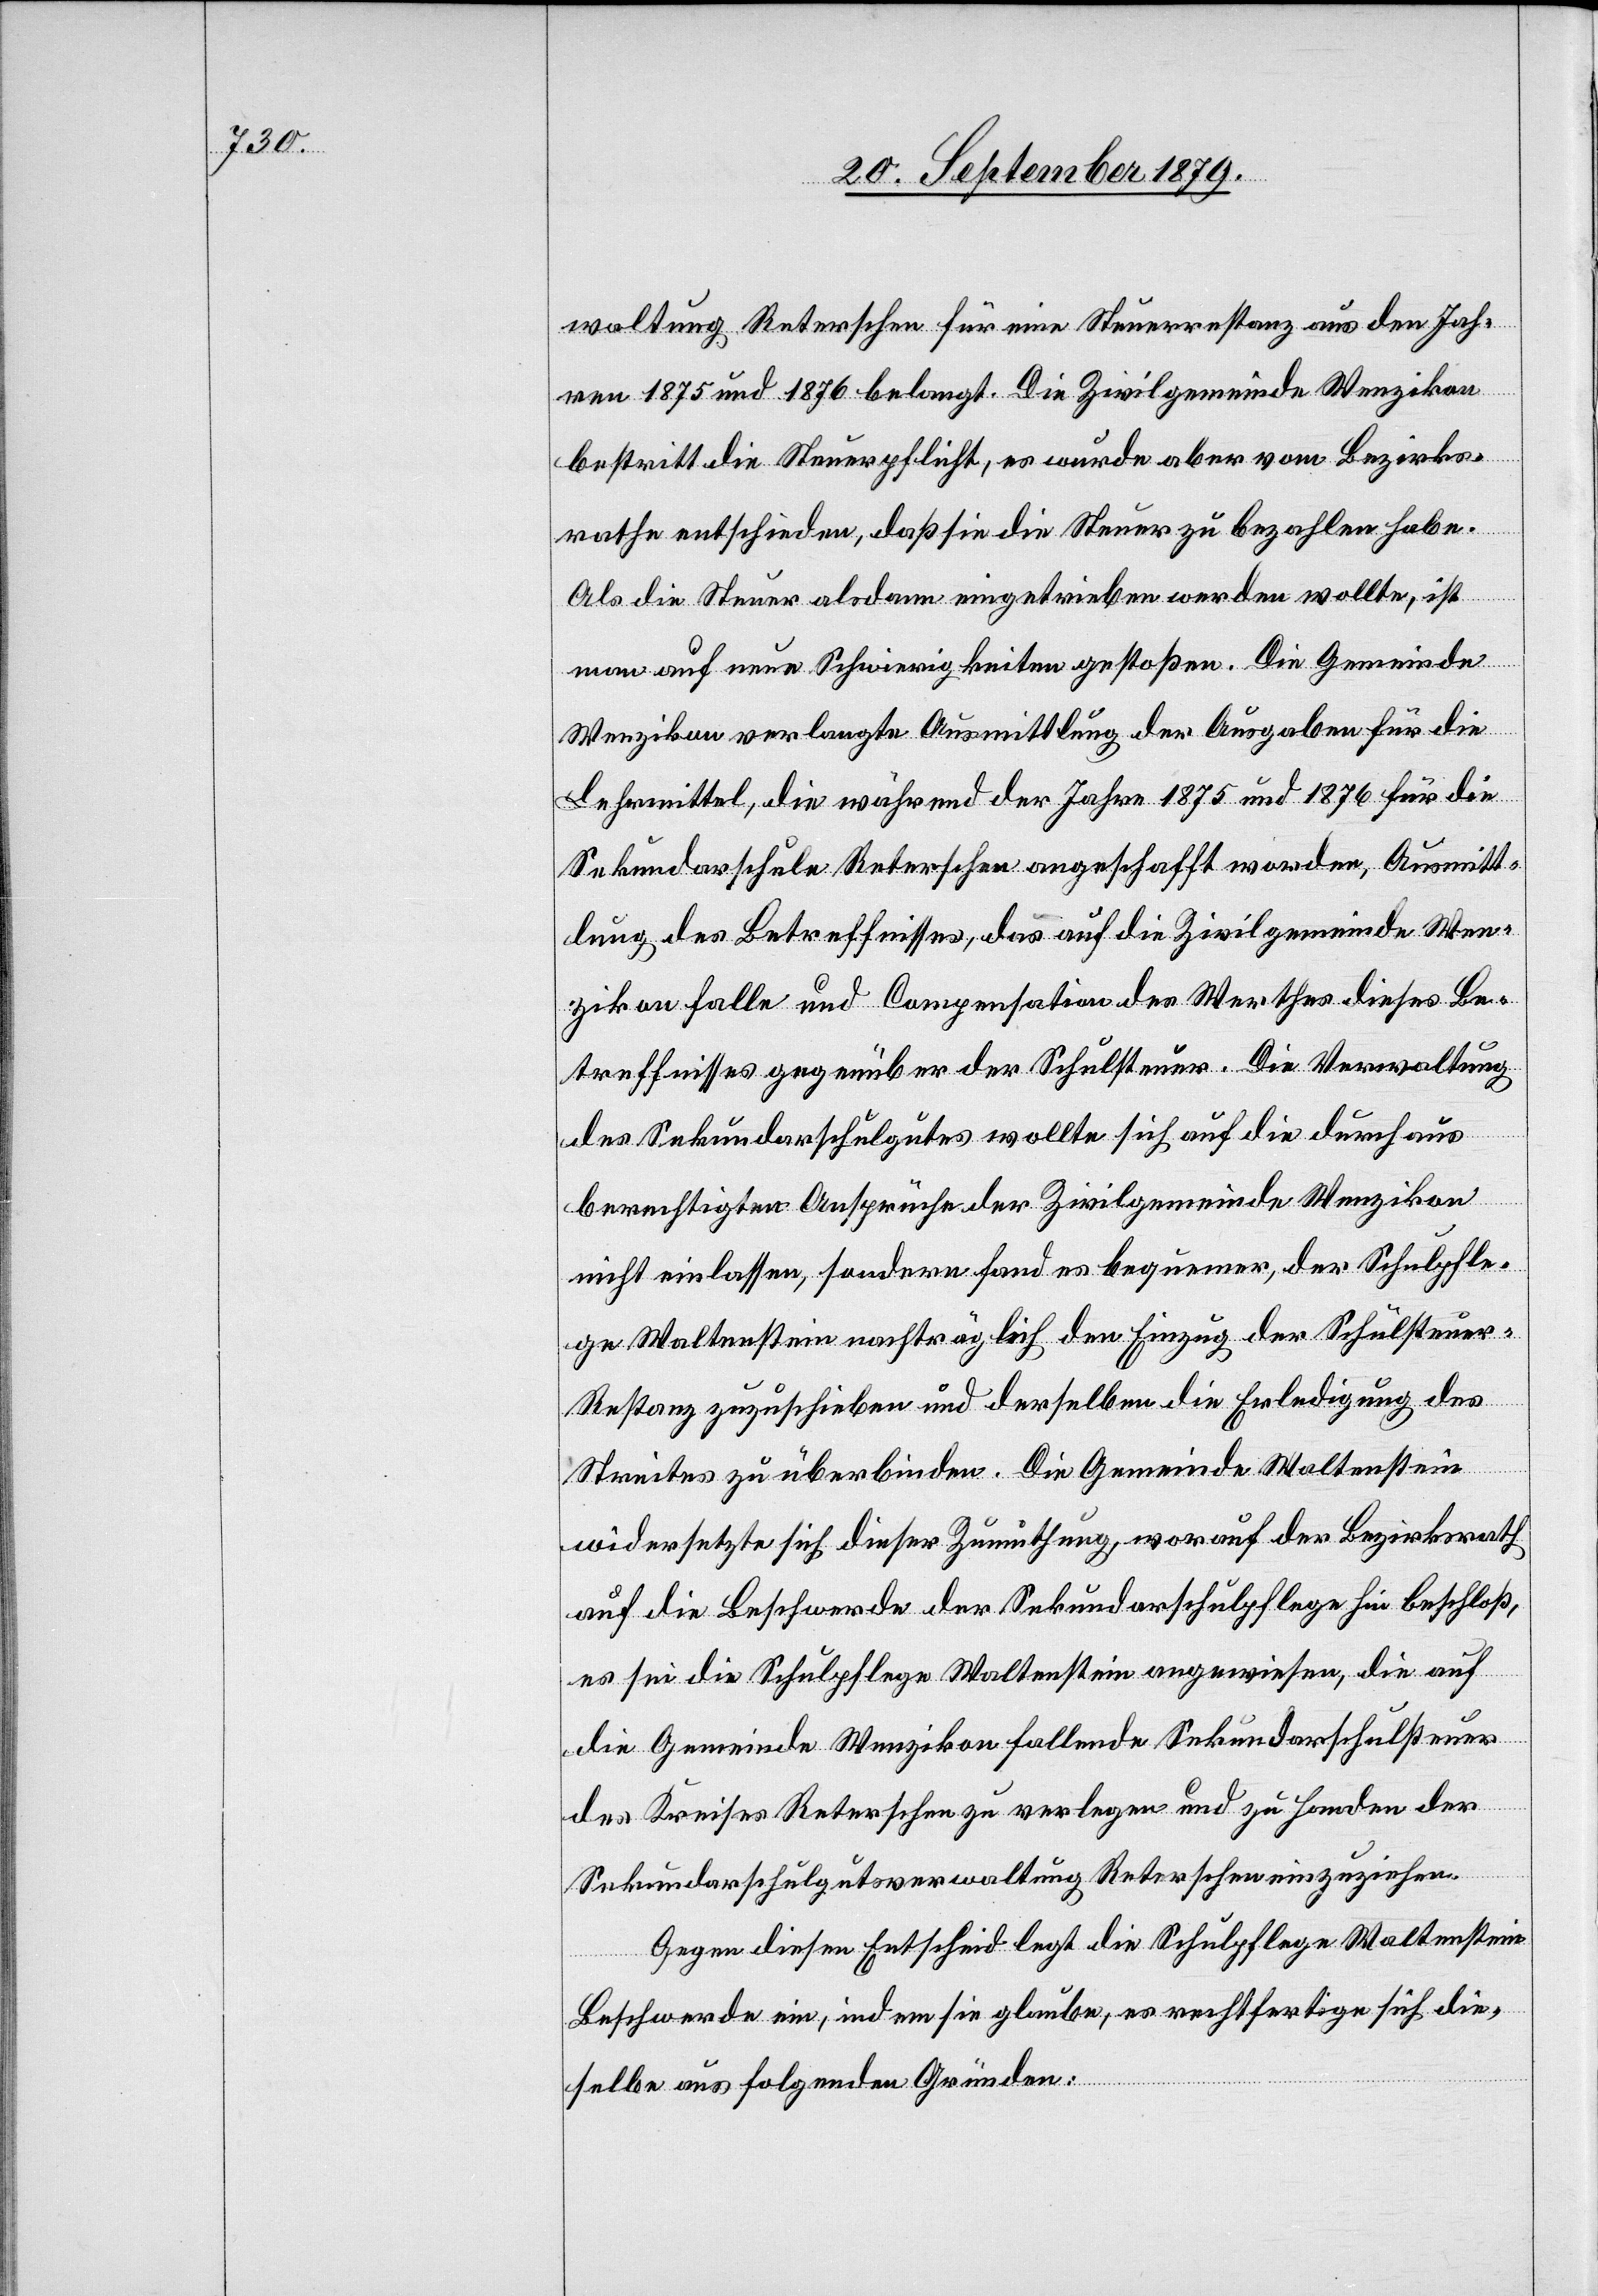
waltung Reterschen für eine Steuerrestanz aus den Jah¬
ren 1875 und 1876 belangt. Die Zivilgemeinde Wenzikon
bestritt die Steuerpflicht, es wurde aber vom Bezirks¬
rathe entschieden, daß sie die Steuer zu bezahlen habe.
Als die Steuer alsdann eingetrieben werden wollte, ist
man auf neue Schwierigkeiten gestoßen. Die Gemeinde
Wenzikon verlangte Ausmittlung der Ausgaben für die
Lehrmittel, die während des Jahres 1875 und 1876 für die
Sekundarschule Reterschen angeschafft worden, Ausmitt¬
lung des Betreffnisses, das auf die Zivilgemeinde Wen¬
zikon falle und Compensation des Werthes dieses Be¬
treffnisses gegenüber der Schulsteuer. Die Verwaltung
des Sekundarschulgutes wollte sich auf die durchaus
berechtigten Ansprüche der Zivilgemeinde Wenzikon
nicht einlassen, sondern fand es bequemer, der Schulpfle¬
ge Waltenstein nachträglich den Einzug der Schulsteue¬
r-Restanz zuzuschieben und derselben die Erledigung des
Streites zu überbinden. Die Gemeinde Waltenstein
widersetzte sich dieser Zumuthung, worauf der Bezirksrath
auf die Beschwerde der Sekundarschulpflege hin beschloß,
es sei die Schulpflege Waltenstein angewiesen, die auf
die Gemeinde Wenzikon fallende Sekundarschulsteuer
des Kreises Reterschen zu verlegen und zu Handen der
Sekundarschulgutsverwaltung Reterschen einzuziehen.
Gegen diesen Entscheid legt die Schulpflege Waltenstein
Beschwerde ein, indem sie glaube, es rechtfertige sich die¬
selbe aus folgenden Gründen: